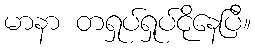
မာနာ တရှုပ်ရှုပ်ငိုနေပြီ။